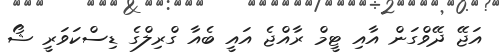
އަޖޭ ދޭވްގަން އާއި ޓީމް ރާއްޖެ އައީ ބެއާ ގްރިލްގެ ޑިސްކަވަރީ ޝޯ